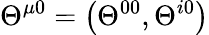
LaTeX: \Theta^{\mu 0}=\left(\Theta^{00},\Theta^{i0}\right)